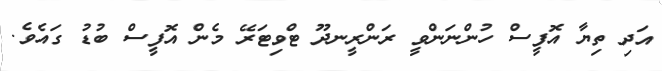
އަދި ތިޔާ އޮފީސް ހުންނަންވީ ރަންރީނދޫ ޓްވިޓަރޭ މެން އޮފީސް ބުޑު ގައެވެ.